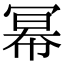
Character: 幂